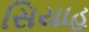
સિયાહ